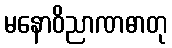
မနောဝိညာဏဓာတု